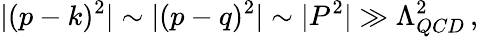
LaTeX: |(p-k)^{2}|\sim|(p-q)^{2}|\sim|P^{2}|\gg\Lambda_{QCD}^{2}\, ,